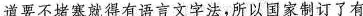
道要不堵塞就得有语言文字法，所以国家制订了有